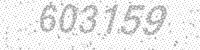
Solution: 603159